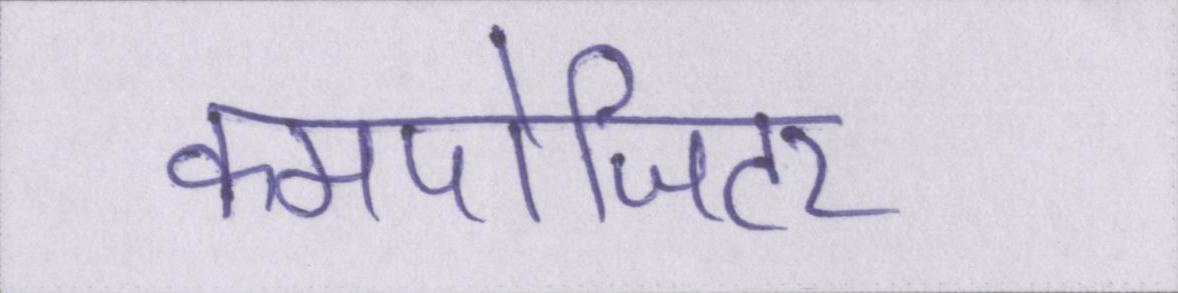
कमपोजिटर